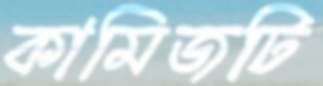
কামিজটি